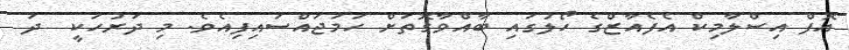
އޮފް އިސްލާމިކް އެފެއާޒްގެ ހޯލުގައި ބާއްވާގޮތަށް ހަމަޖައްސައިފިއެވެ. މި ދަރުހަކީ  ދަ